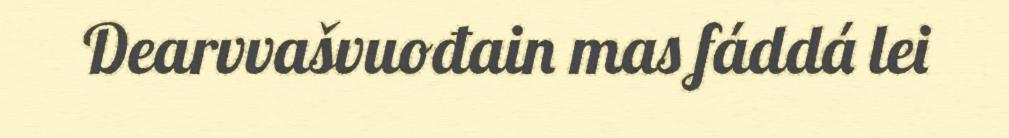
Dearvvašvuođain mas fáddá lei